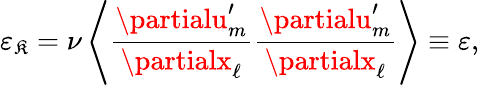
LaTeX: \varepsilon_{\mathfrak{K}}=\nu\left\langle{\frac{{\partialu_{m}^{\prime}}}{{\partialx_{\ell}}}\frac{{\partialu_{m}^{\prime}}}{{\partialx_{\ell}}}}\right\rangle\equiv\varepsilon,